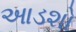
આડશો